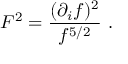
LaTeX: F ^ { 2 } = { \frac { ( \partial _ { i } f ) ^ { 2 } } { f ^ { 5 / 2 } } } \ .